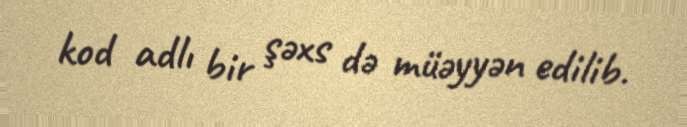
kod adlı bir şəxs də müəyyən edilib.